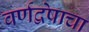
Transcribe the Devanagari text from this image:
वर्णद्वेषाचा